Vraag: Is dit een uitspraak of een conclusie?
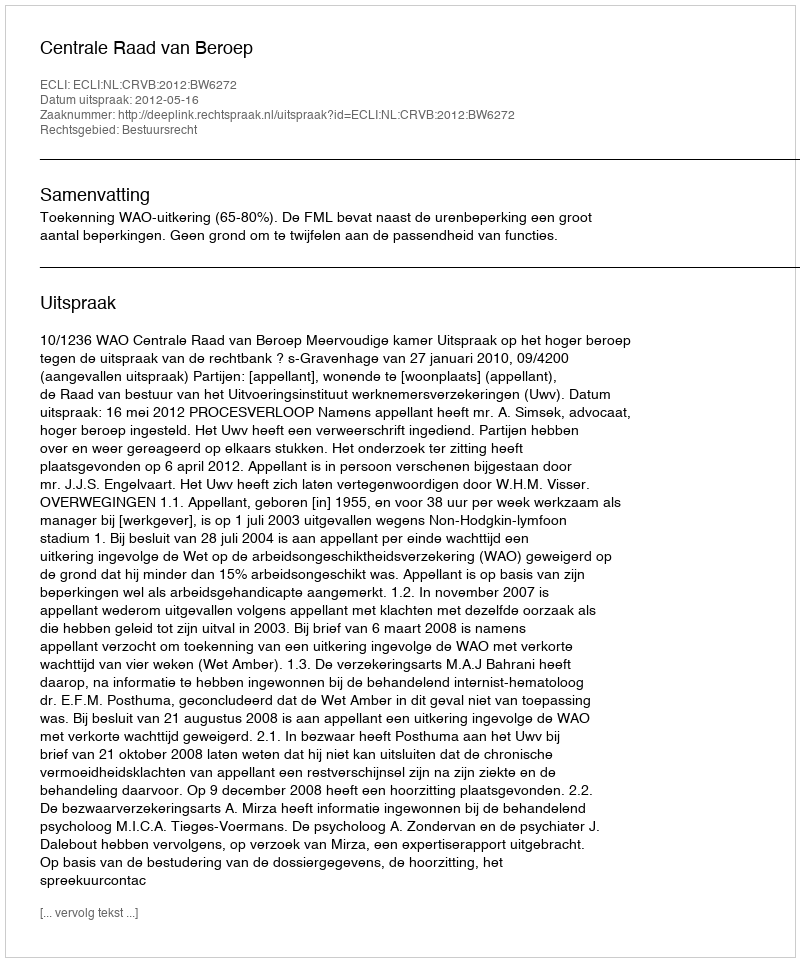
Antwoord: Uitspraak